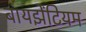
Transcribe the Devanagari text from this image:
बायझेंटियम